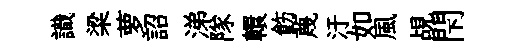
識梁萝詔涕隊轘飭蔑汙如風覘閇